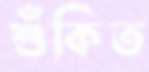
শুঁকিত